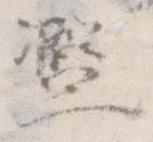
濫